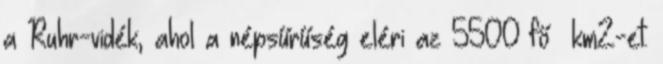
a Ruhr-vidék, ahol a népsűrűség eléri az 5500 fő km2-et.